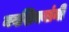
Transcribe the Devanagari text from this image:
नवशिक्यांनी